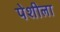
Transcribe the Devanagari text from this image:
पेशीला